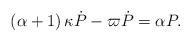
\begin{align*}\left(\alpha+1\right)\kappa\dot{P}-\varpi\dot{P}=\alpha P.\end{align*}